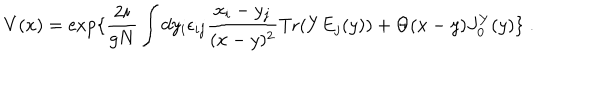
V ( x ) = \exp \{ { \frac { 2 i } { g N } } \int d y _ { i } \epsilon _ { i j } { \frac { x _ { i } - y _ { j } } { ( x - y ) ^ { 2 } } } \mathrm { T r } ( Y E _ { j } ( y ) ) + \Theta ( x - y ) J _ { 0 } ^ { Y } ( y ) \} \; .